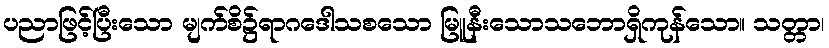
ပညာဖြင့်ပြီးသော မျက်စိ၌ရာဂဒေါသစသော မြူနီးသောသဘောရှိကုန်သော။ သတ္တာ၊